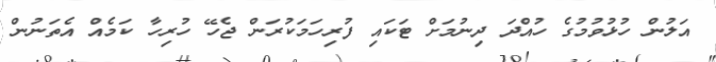
އަލުން ހުޅުވުމުގެ ހުއްދަ ދިނުމަށް ޓަކައި ފުރިހަމަކުރަން ޖެހޭ ހުރިހާ ކަމެއް އެތަނުން